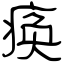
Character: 痪